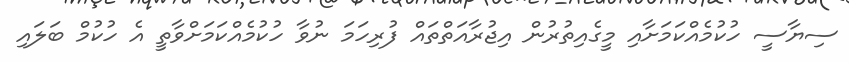
ސިޔާސީ ހުކުމެއްކަމަށާއި މީގެއިތުރުން އިޖުރާއަތްތައް ފުރިހަމަ ނުވާ ހުކުމެއްކަމަށްވާތީ އެ ހުކުމް ބަލައި